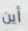
أين